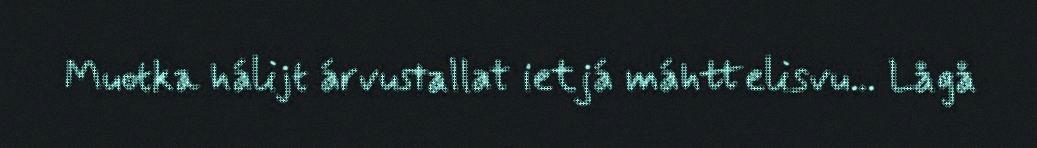
Muotka hálijt árvustallat ietjá máhttelisvu... Lågå